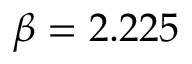
\beta = 2 . 2 2 5